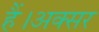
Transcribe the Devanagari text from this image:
हैं।अक्सर